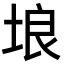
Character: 埌